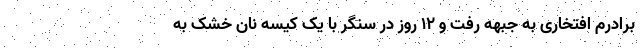
برادرم افتخاری به جبهه رفت و ۱۲ روز در سنگر با یک کیسه نان خشک به